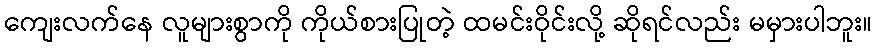
ကျေးလက်နေ လူများစွာကို ကိုယ်စားပြုတဲ့ ထမင်းဝိုင်းလို့ ဆိုရင်လည်း မမှားပါဘူး။